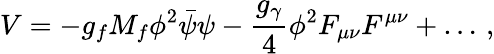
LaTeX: V=-g_{f}M_{f}\phi^{2}\bar{\psi}\psi-\frac{g_{\gamma}}{4}\phi^{2}F_{\mu\nu}F^{\mu\nu}+\ldots\, ,